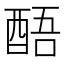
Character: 𮠬